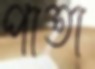
পাতা